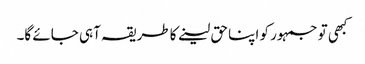
کبھی تو جمہور کو اپنا حق لینے کا طریقہ آہی جائے گا۔